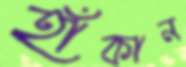
হাঁকান